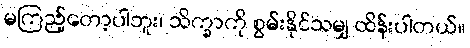
မကြည့်တော့ပါဘူး၊ သိက္ခာကို စွမ်းနိုင်သမျှ ထိန်းပါတယ်။